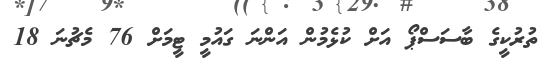
ތުރުކީގެ ބާސަސްޕޯ އަށް ކުޅެމުން އަންނަ ގައުމީ ޓީމަށް 76 މެޗުނަ 18